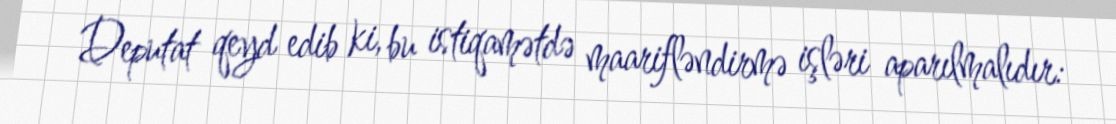
Deputat qeyd edib ki, bu istiqamətdə maarifləndirmə işləri aparılmalıdır: